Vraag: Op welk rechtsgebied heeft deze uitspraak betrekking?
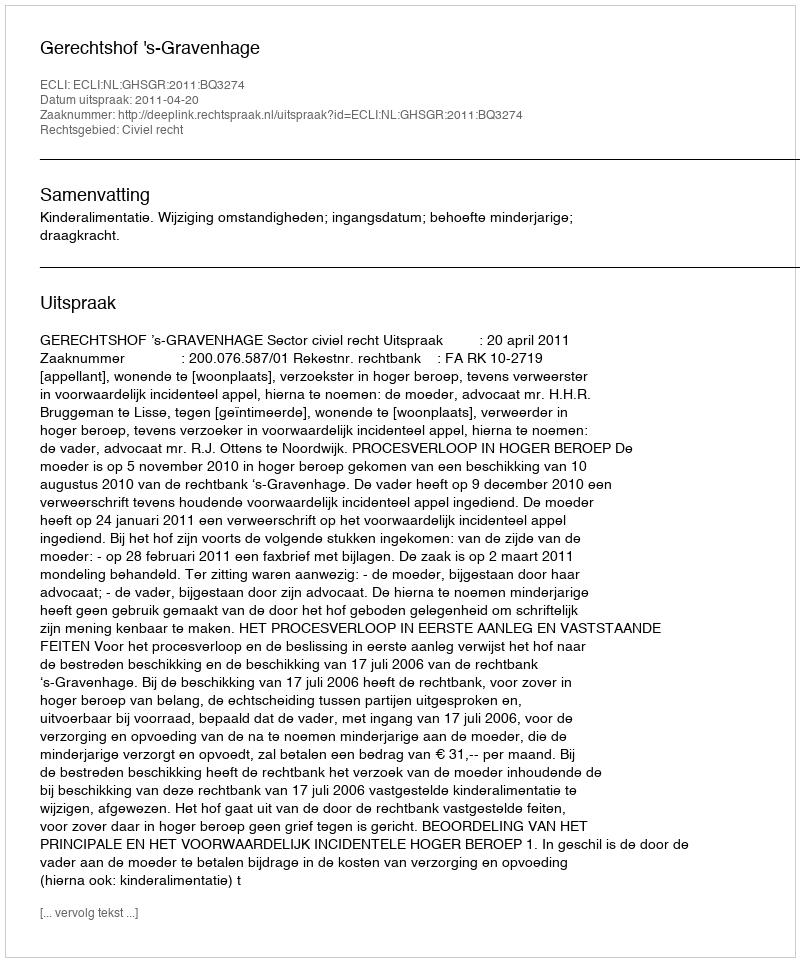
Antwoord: Civiel recht